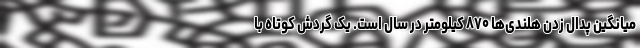
میانگین پدال زدن هلندی‌ها ۸۷۰ کیلومتر در سال است. یک گردش کوتاه با